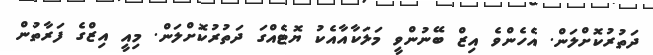
ދަތުރުކޮށްލަން. އެހެންވެ އިޒް ބޭނުންވީ މަލަކާއާއެކު ޔޮޓެއްގަ ދަތުރުކޮށްލަން. މިއީ އިޒްގެ ފަރާތުން